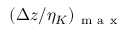
( \Delta z / \eta _ { K } ) _ { \mathrm { ~ m ~ a ~ x ~ } }